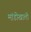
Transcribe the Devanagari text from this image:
मांडीखाली